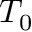
T _ { 0 }